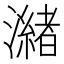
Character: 𭳌